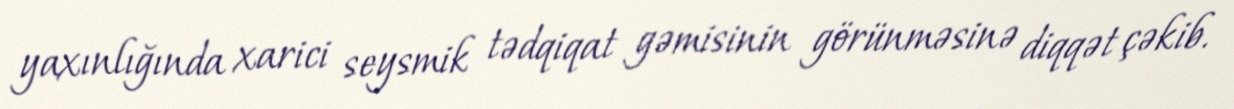
yaxınlığında xarici seysmik tədqiqat gəmisinin görünməsinə diqqət çəkib.